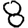
Digit: 8